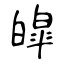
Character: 皡